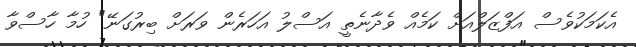
އެކަމަކުވެސް އަފްޒަލްއަށް ކަމެއް ވެދާނެތީ އަސްލު އަހަރެން ވަރަށް ބިރުގަނޭ" ހުމާ ހާސްވާ